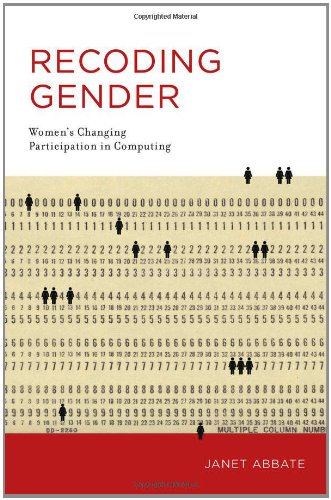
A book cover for Recoding Gender: Women's Changing Participation in Computing (History of Computing); Janet Abbate; Computers & Technology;